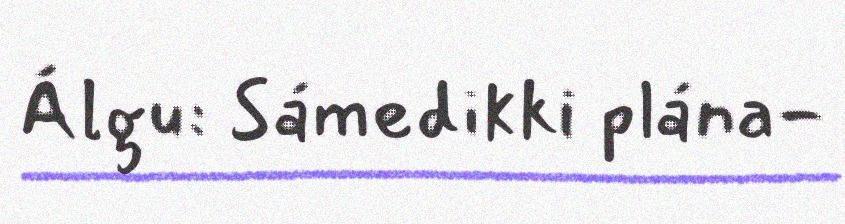
Álgu: Sámedikki plána-